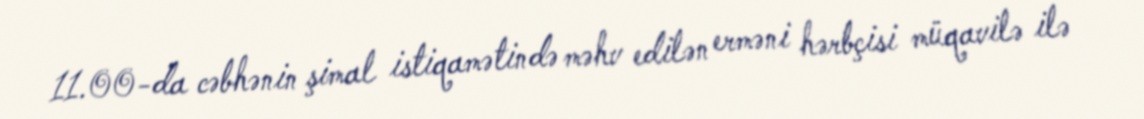
11.00-da cəbhənin şimal istiqamətində məhv edilən erməni hərbçisi müqavilə ilə